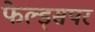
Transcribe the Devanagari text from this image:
फेल्ड्सपर